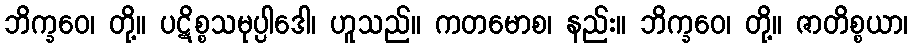
ဘိက္ခဝေ၊ တို့။ ပဋိစ္စသမုပ္ပါဒေါ၊ ဟူသည်။ ကတမောစ၊ နည်း။ ဘိက္ခဝေ၊ တို့။ ဇာတိစ္စယာ၊